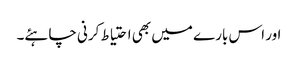
اور اس بارے میں بھی احتیاط کرنی چاہئے۔